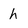
Character: h